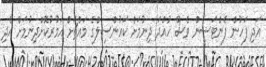
އަދި ފަހުން ފެންޓަސީން ވެސް ހުއްދަ ދިނުމަށް ކައުންސިލްގެ މައްޗަށް އަމުރުކޮށްދިނުމަށް އެދި